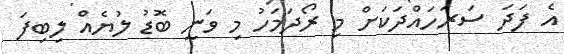
އެ ފަދަ ސަރަހައްދަކަށް މި ރޯދަމަހު މި ވަނީ ބޮޑު ލުޔެއް ލިބިފަ